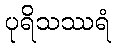
ပုရိသဿရံ